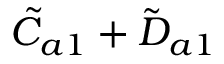
\tilde { C } _ { a 1 } + \tilde { D } _ { a 1 }